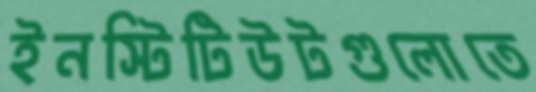
ইনস্টিটিউটগুলোতে